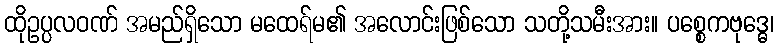
ထိုဥပ္ပလဝဏ် အမည်ရှိသော မထေရ်မ၏ အလောင်းဖြစ်သော သတို့သမီးအား။ ပစ္စေကဗုဒ္ဓေ၊